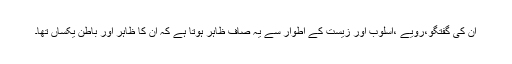
ان کی گفتگو،رویے ،اسلوب اور زیست کے اطوار سے یہ صاف ظاہر ہوتا ہے کہ ان کا ظاہر اور باطن یکساں تھا۔